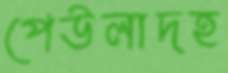
পেউলাদহ